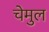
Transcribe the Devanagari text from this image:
चेमुल